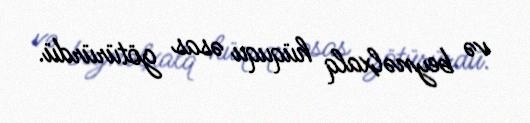
və beynəlxalq hüququ əsas götürürdü.